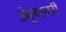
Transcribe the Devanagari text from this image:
उंबर्‍यावरी